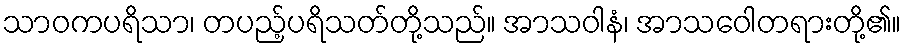
သာဝကပရိသာ၊ တပည့်ပရိသတ်တို့သည်။ အာသဝါနံ၊ အာသဝေါတရားတို့၏။